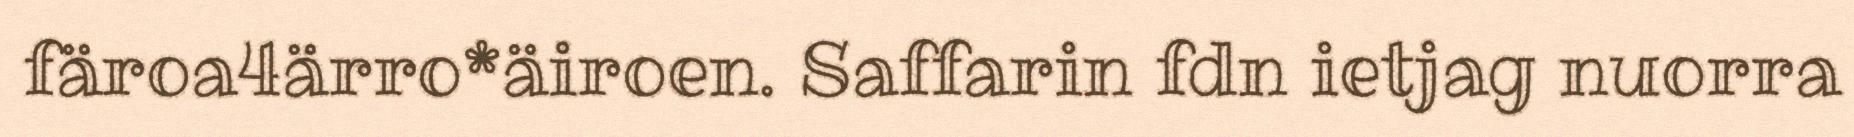
färoa4ärro*äiroen. Saffarin fdn ietjag nuorra